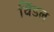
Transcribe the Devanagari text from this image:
विंडल